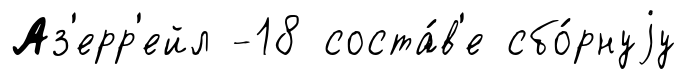
Аз'ерр'ейл -18 соста́в'е сбо́рнуjу